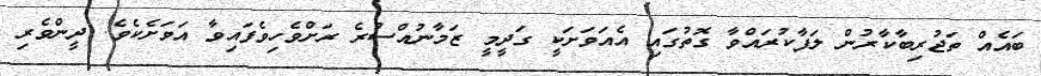
ބައެއް ތަޖުރިބާކާރުން ލަފާކުރައްވާ ގޮތުގައި އެއަވަށަކީ ގަދީމީ ޒަމާނުއްސުރެ ރަށްވެހިވެފައިވާ އަވަށެކެވެ. ދީންވެރި